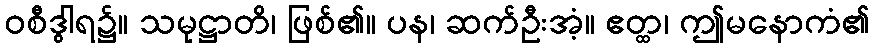
ဝစီဒွါရ၌။ သမုဋ္ဌာတိ၊ ဖြစ်၏။ ပန၊ ဆက်ဦးအံ့။ ဧတ္ထ၊ ဤမနောကံ၏